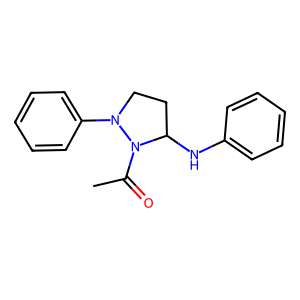
SMILES: CC(=O)N1C(Nc2ccccc2)CCN1c1ccccc1
Inhibits HIV replication: No